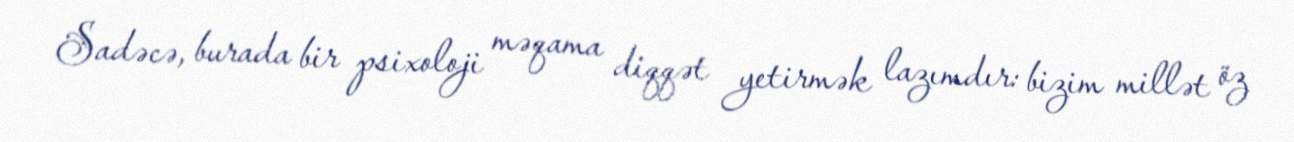
Sadəcə, burada bir psixoloji məqama diqqət yetirmək lazımdır: bizim millət öz